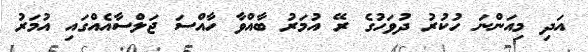
އަދި މިއަންނަ ހުކުރު ދުވަހުގެ ރޭ އުމަރު ބާއްވާ ހާއްސަ ޖަލްސާއެއްގައި އުމަރު